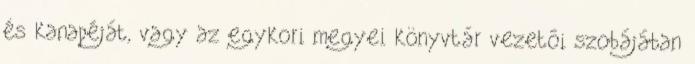
és kanapéját, vagy az egykori megyei könyvtár vezetôi szobájában